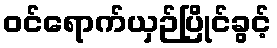
ဝင်ရောက်ယှဉ်ပြိုင်ခွင့်